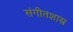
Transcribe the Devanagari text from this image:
संगीतशास्र